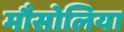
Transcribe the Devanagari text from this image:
मौसोलिया